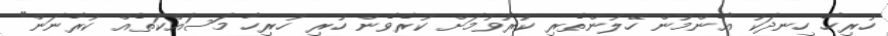
ހުރިހާ ހިނދަކު އާންމުން ހޭލުންތެރި ކުރުވުމަށް ކުރެވެން ހުރި ހުރިހާ މަަސައްކަތެއް ކުރާނަން"